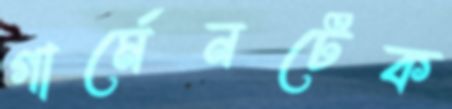
গার্মেনটেক